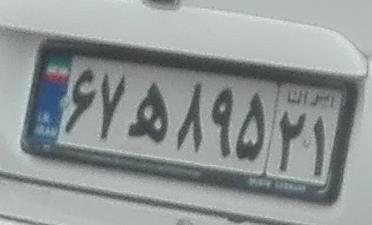
۶۷ه۸۹۵۲۱